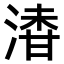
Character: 𣺇